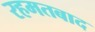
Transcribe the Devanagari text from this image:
रहमतबाद